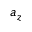
a _ { z }